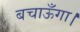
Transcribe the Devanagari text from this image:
बचाऊँगा।